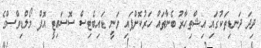
ދިދަ ދަނޑިތަކުގައި އިޝްތިހާރު ބެނާތައް ހަރުކޮށްފައި ވަނީ ޑައިބެޓިސް ސޮސައިޓީ އޮފް މޯލްޑިވްސްގެ